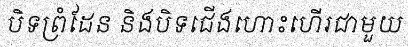
បិទព្រំដែន និងបិទជើងហោះហើរជាមួយ